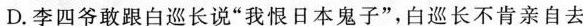
D.李四爷敢跟白巡长说“我恨日本鬼子”，白巡长不肯亲自去